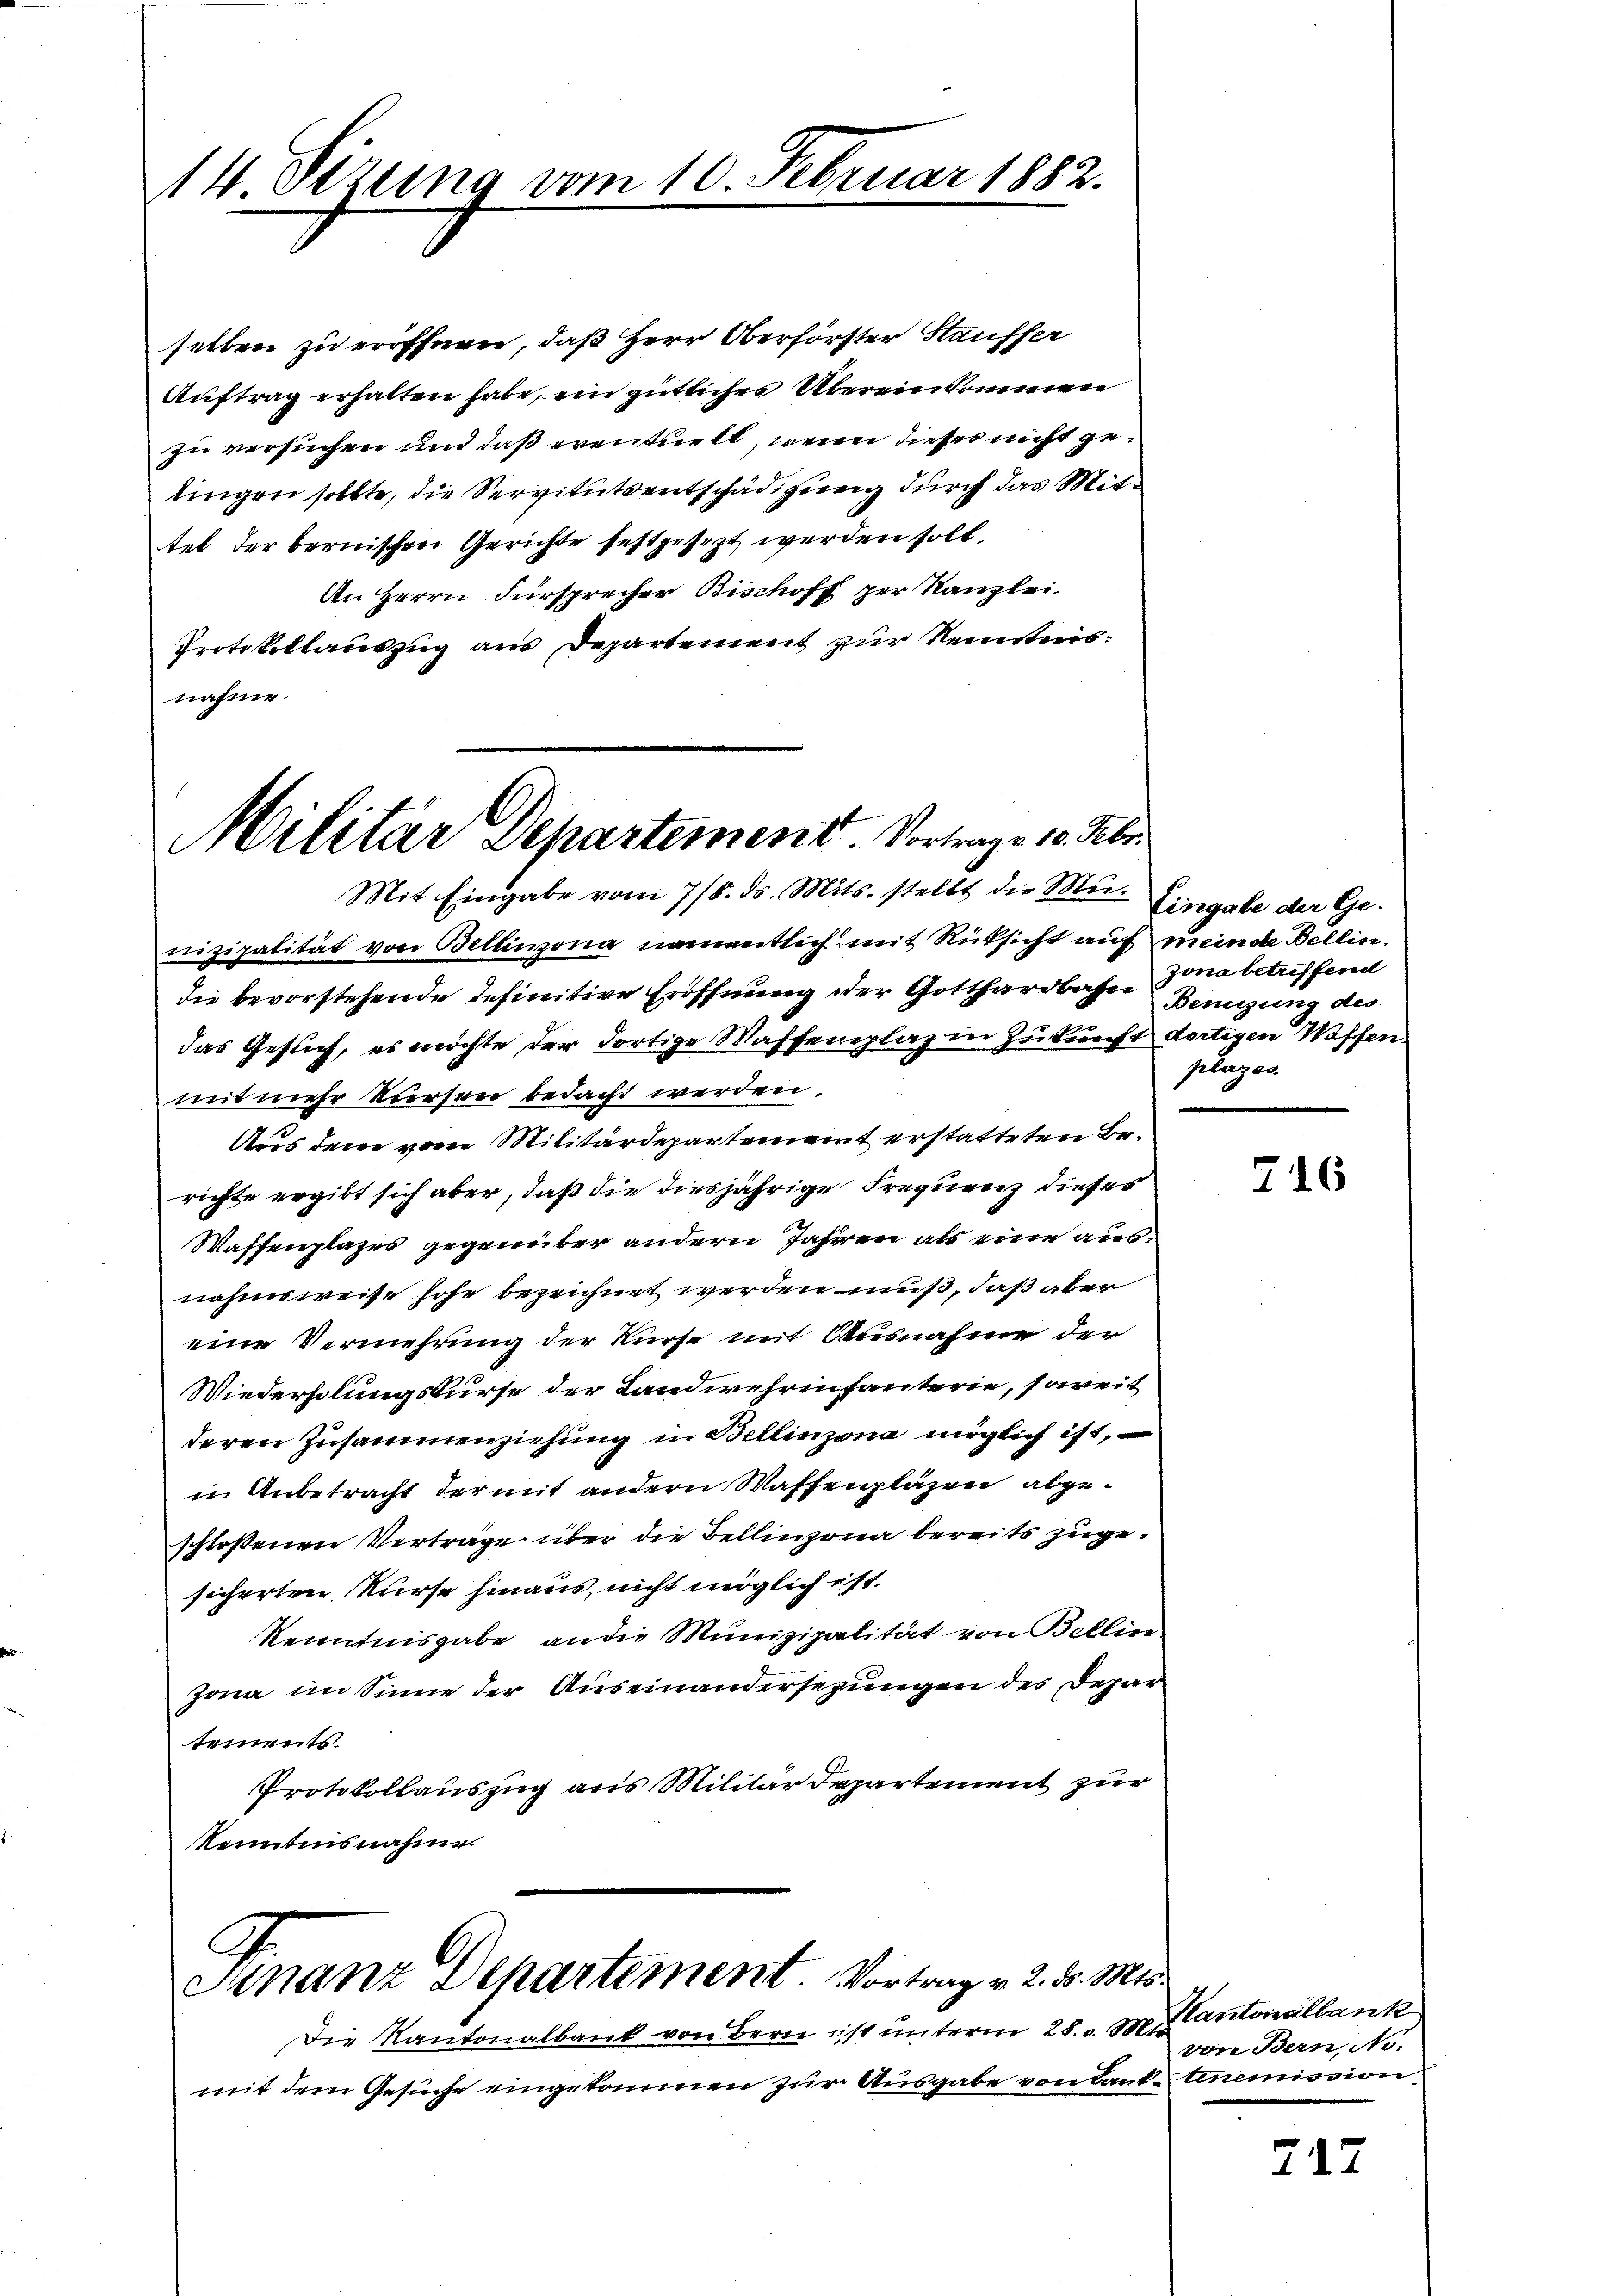
14 Sizung vom 10. Febrin

selben zu eröffnen, daß Herr Oberhörster Stauffer
Auftrag erhalten habe, ein gütliches Übereinkommen
zu versuchen und daß eventuelt, wenn dieses nicht gelingen sollte, die Servitutsentschädigung durch das Mittet der bernischen Gerichte festgesezt werden soll.
An Herrn Fürsprecher Bischoff per Kanzlei
Protokollauszug aus Departement zur Kenntnisnahme.

r 1882.

Militar Departement. Vortrage 10. Febr
Mit Eingabe vom 7/8. ds. Mits. stellt die Mü- Eingabe der Ge-

nizipalität von Billiona, namentlich mit Rücksicht auf meinde Bellin.
die bevorstehende definitive Eröffnung der Gotthardbahn Beneigung des
das Gesuch, es möchte der dortige Waffenplaz in Zukunft dortigen Waffenmit mehr kursen bedacht werden.
Aus dene vom Militärdepartement erstatteten Berichte ergibt sich aber, daß die diesjährige Frequenz dieses
Waffenplages gegenüber andern Jahren als eine ausnahmsweise hohe bezeichnet werden muß, daß aber
eine Vermehrung der Kurse mit Ausnahme der
Wiederholungskurse der Landwehrinfanterie, soweit
deren Zusammenziehung in Bellinzona möglich ist,
in Anbetracht der mit andern Waffenpläzen abgeschloßenen Verträge über die Bellinzona bereits zugesicherten Nurse hinaus, nicht möglich ist.
Kenntnisgabe an die Munizipalität von Bellin
Jona im Sinne der Auseinandersezungen des Departements
Protokollauszug aus Militär Departement zur
kenntnisnahme.

Finanz Departement. Vortrag v. 2. d. Mts.

Die Kantonalbank von Bern ist unterm 28. v. M. Cantonalbank
mit dem Gesuche eingekommen zur Ausgabe von Landtenemission

zona betreffend
plazes.

716

von Bern, No.

717